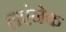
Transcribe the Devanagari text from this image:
लएंनेक